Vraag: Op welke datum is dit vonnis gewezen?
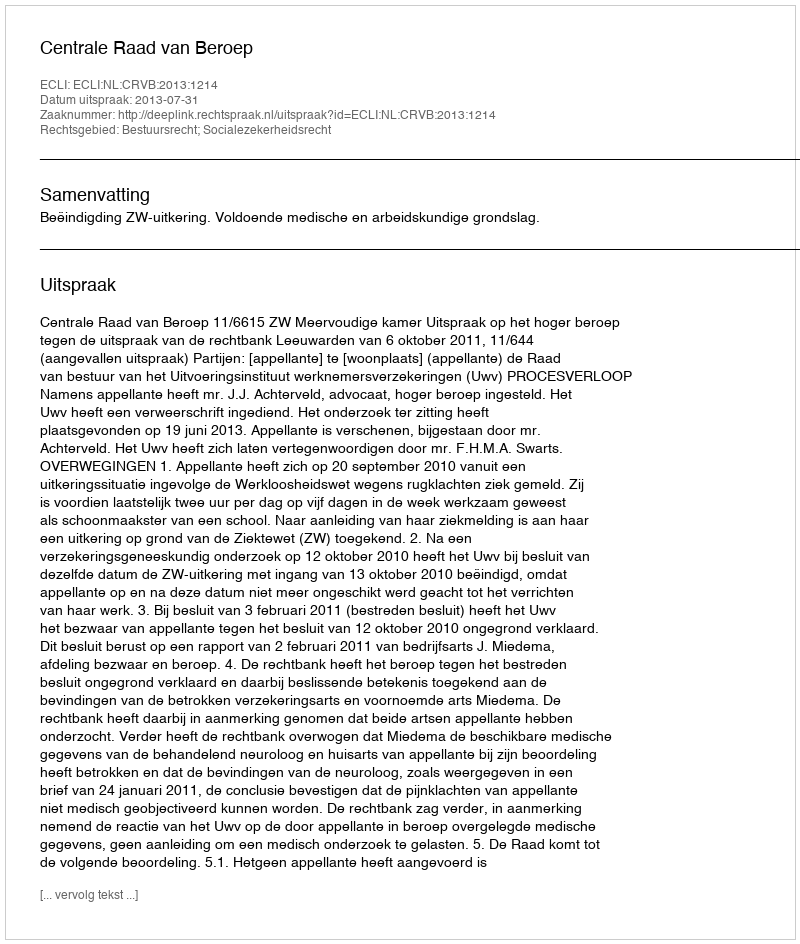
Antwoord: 2013-07-31